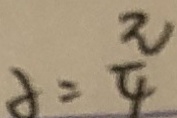
\partial = \frac { \pi } { 4 }